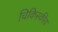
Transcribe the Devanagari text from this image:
चिकिस्कीय